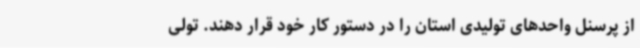
از پرسنل واحدهای تولیدی استان را در دستور کار خود قرار دهند. تولی